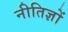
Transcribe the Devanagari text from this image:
नीतिज्ञों